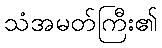
သံအမတ်ကြီး၏